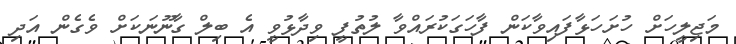
މަޖިލީހަށް ހުށަހަޅާފައިވާކަން ފާހަގަކުރައްވާ ލުތުފީ ވިދާޅުވީ އެ ބިލް ގާނޫނަކަށް ވެގެން އަދި